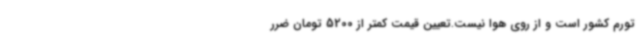
تورم کشور است و از روی هوا نیست.تعیین قیمت کمتر از 5200 تومان ضرر